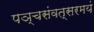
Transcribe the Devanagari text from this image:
पञ्चसंवत्सरमयं